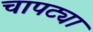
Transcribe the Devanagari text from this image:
चापट्या